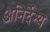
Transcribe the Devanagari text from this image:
अनिर्देश्य